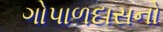
ગોપાળદાસનો